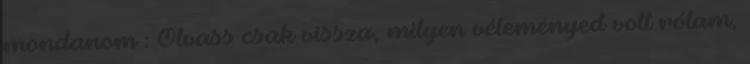
mondanom : Olvass csak vissza, milyen véleményed volt rólam,